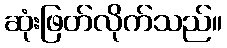
ဆုံးဖြတ်လိုက်သည်။